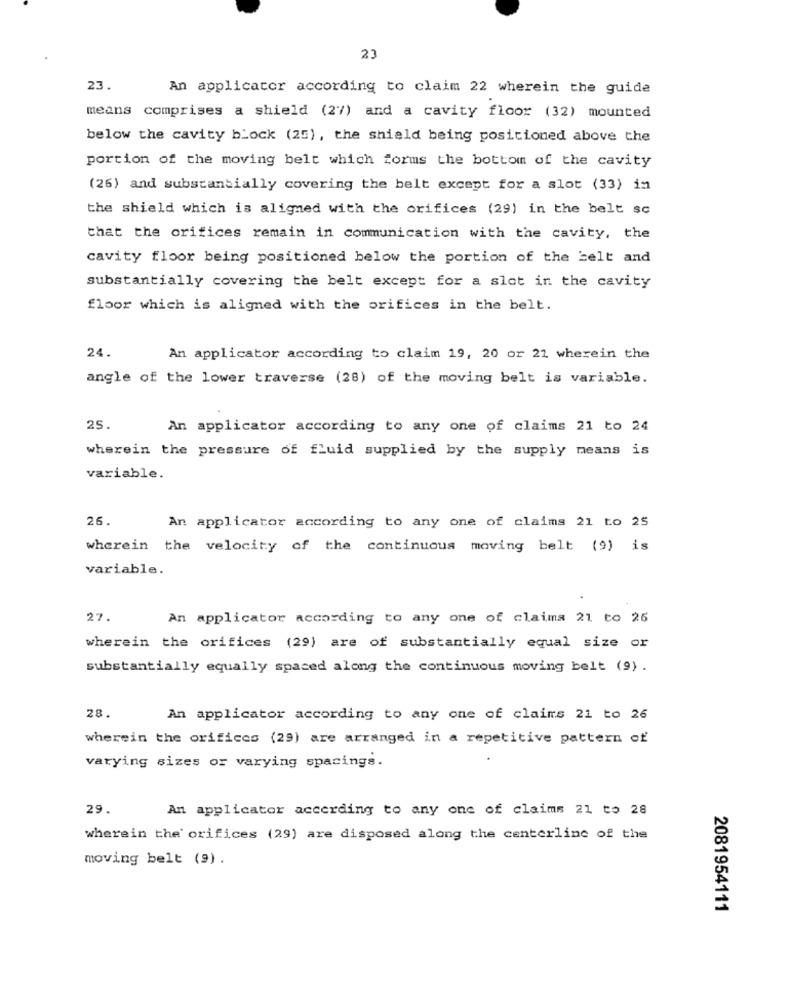
23
23.
An applicator according to claim 22 wherein the guide
means comprises a shield (27) and a cavity floor (32) mounted
below the cavity block (25), the shield being positioned above the
portion of the moving belt which forms the bottom of the cavity
(26) and substantially covering the belt except for a slot (33) in
the shield which is aligned with the orifices (29) in the belt sc
that the orifices remain in communication with the cavity, the
cavity floor being positioned below the portion of the belt and
substantially covering the belt except for a slot in the cavity
floor which is aligned with the orifices in the belt.
24.
An applicator according to claim 19, 20 or 22 wherein the
angle of the lower traverse (28) of the moving belt is variable.
25.
An applicator according to any one of claims 21 to 24
wherein the pressure of fluid supplied by the supply means is
variable.
26.
An applicator according to any one of claims 21 to 25
wherein the velocity of the continuous moving belt (9) is
variable.
27.
An applicator according to any one of claims 21 to 25
wherein the orifices (29) are of substantially equal size or
substantially equally spaced along the continuous moving belt (9).
28.
An applicator according to any one of claims 21 to 26
wherein the orifices (29) are arranged in a repetitive pattern of
varying sizes or varying spacings.
29.
An applicator according to any one of claims 21 to 28
wherein the orifices (29) are disposed along the centerline of the
moving belt (9).
2081954111